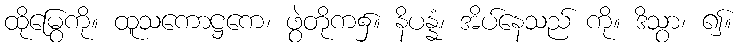
ထိုမြွေကို။ ထူသကောဋ္ဌကေ၊ ဖွဲတိုက၌။ နိပန္နံ၊ အိပ်နေသည် ကို။ ဒိသွာ၊ ၍။